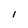
Character: i